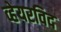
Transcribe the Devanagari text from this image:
व्हेयरविद